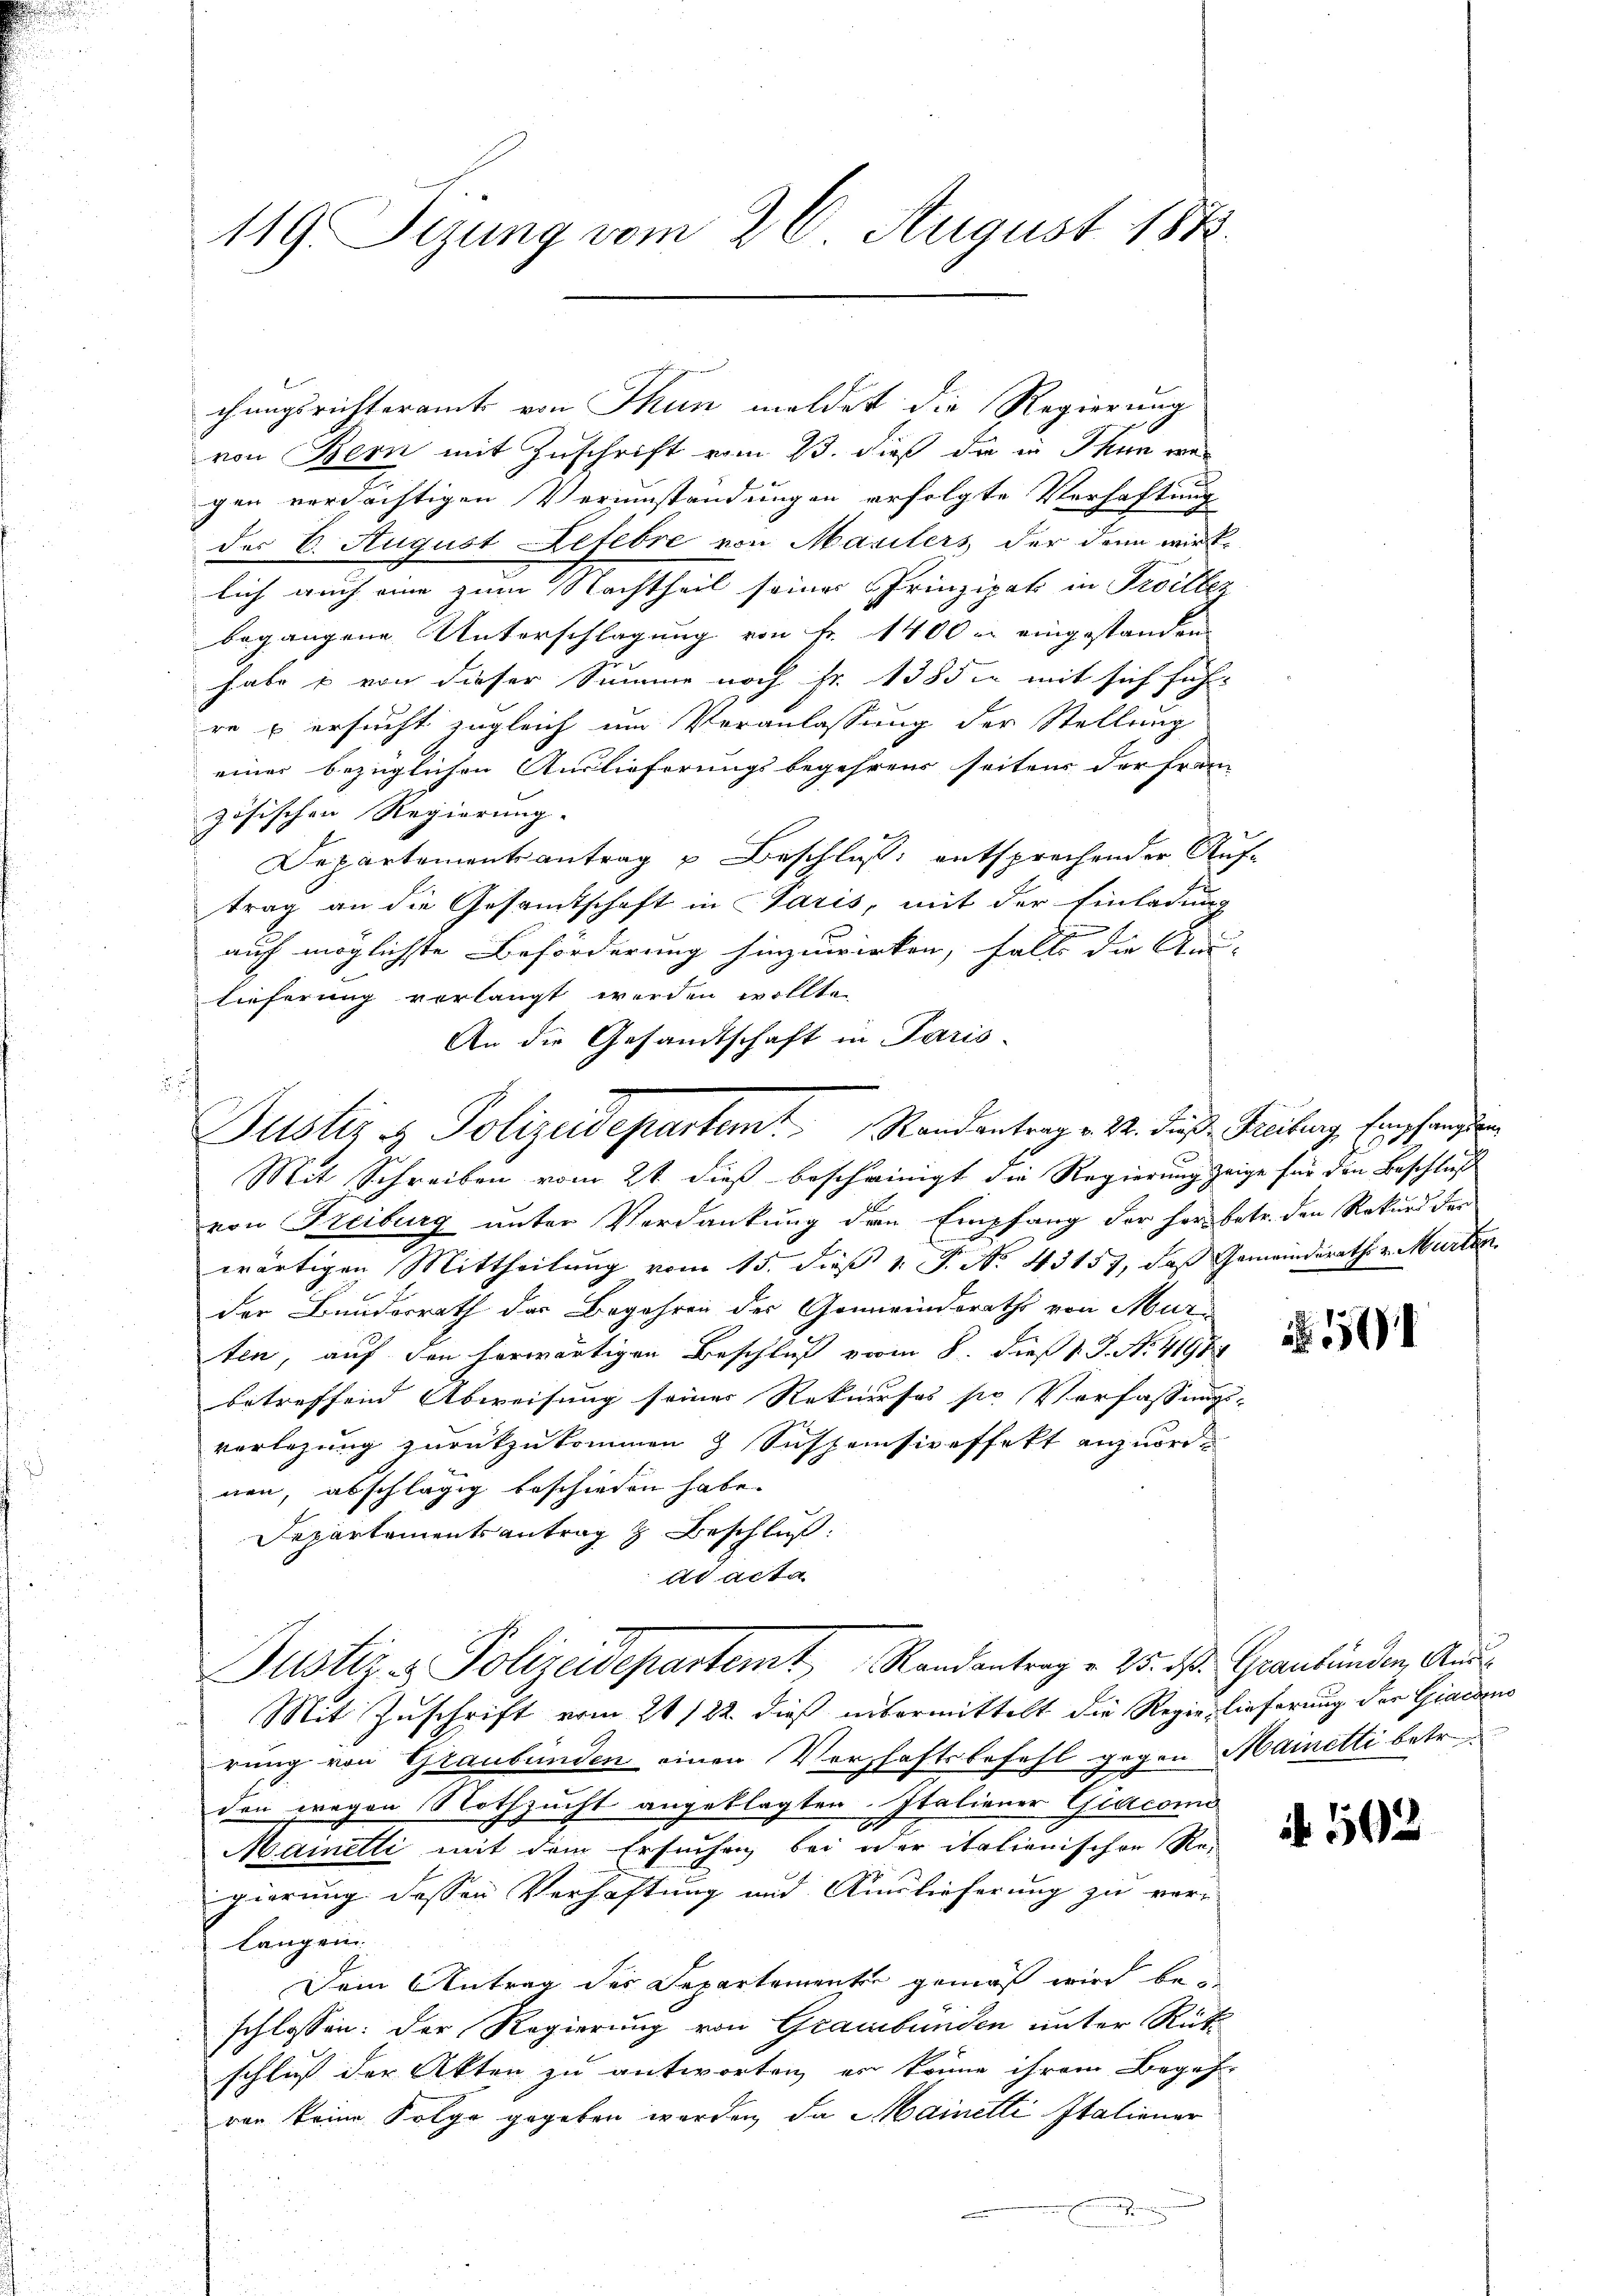
119. Sizung vom 26. August 184.

chungsrichteramt von Thun meldet die Regierung
von Bern mit Zuschrift vom 23. dieß die in Thun war
gen verdächtigen Verumständungen erfolgte Verhaftung
der 6. August Letebre von Marilers der denn wirk-
lich auch eine zum Nachtheil seines Prinzipak in Freillez
begangene Unterschlagung von Fr. 1400 er eingestanden
habe u von dieser Summe noch Fr. 1385 mit sich füh-
re u ersucht zugleich um Veranlassung der Stellung
einer bezüglichen Auslieferungsbegehrens seitens der Fran
zösischen Regierung.
Departementsantrag u Beschluß entsprechender Auftrag an die Gesamtschaft in Paris, mit der Einladung
E
auch möglichste Beförderung hinzuwirken, falls die An-
lieferung verlangt werden wollte.
An die Gesandtschaft in Paris-
Mit Schreiben vom 2t dieß bescheinigt die Regierung zeige für den Beschluß
von Freiburg unter Verdankung den Empfang der her betr. den Rekurs der
wärtigen Mittheilung vom 15. dieß 1. P. No. 43157, daß Gemeinderath v. Murten.
der Bundesrath der Begehren des Gemeindsraths von Murten, auf den herwärtigen Beschluß vom 8. dieß P. No. 4198
betreffend Abweisung seiner Rekurses sr Verfassungs- |
verlegung zurückzukommen z Suspensipeffekt anzuordnen, abschlägig beschieden habe.
Departementsantrag & Beschluß:
et acta
Justiz & Polizeidepartemt Randantrag v. 25. d. Graubünden, And
Mit Zuschrift vom 21/22. dieß untermittelt die Regierlieferung der Giaconus
rung von Graubünden einen Vorschaftsbefehl gegen Mainetti betr.
den wegen Nothzucht angeklagten Italiener Giacomo
I
Mainetti mit dem Ersuchen bei der italienischen Re-
gierung dessen Verhaftung und Auslieferung zu ver-
langen.
Dein Antrag des Departementen gemäß wird beschlossen: Der Regierung von Graubünden unter Rüt
schluß der Akten zu antworten, er könne ihrem Begeh-
von keine Folge gegeben worden, da Mainetti Italiener

Justiz & Polizeidepartemt. Standentrag v. M. dies Filiberg Empfangen

54

N 502